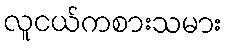
လူငယ်ကစားသမား